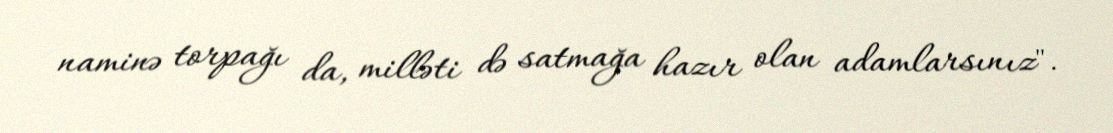
naminə torpağı da, milləti də satmağa hazır olan adamlarsınız".